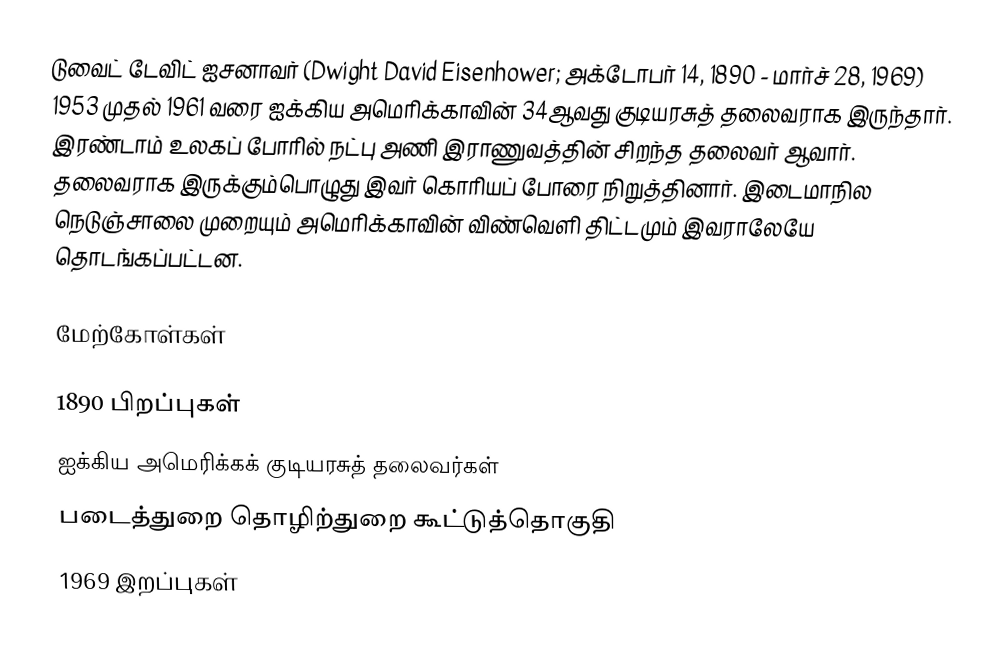
டுவைட் டேவிட் ஐசனாவர் (Dwight David Eisenhower; அக்டோபர் 14, 1890 - மார்ச் 28, 1969) 1953 முதல் 1961 வரை ஐக்கிய அமெரிக்காவின் 34ஆவது குடியரசுத் தலைவராக இருந்தார். இரண்டாம் உலகப் போரில் நட்பு அணி இராணுவத்தின் சிறந்த தலைவர் ஆவார். தலைவராக இருக்கும்பொழுது இவர் கொரியப் போரை நிறுத்தினார். இடைமாநில நெடுஞ்சாலை முறையும் அமெரிக்காவின் விண்வெளி திட்டமும் இவராலேயே தொடங்கப்பட்டன.

மேற்கோள்கள்

1890 பிறப்புகள்
ஐக்கிய அமெரிக்கக் குடியரசுத் தலைவர்கள்
படைத்துறை தொழிற்துறை கூட்டுத்தொகுதி
1969 இறப்புகள்